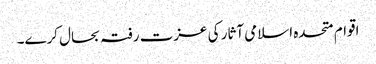
اقوام متحدہ اسلامی آثار کی عزت رفتہ بحال کرے۔